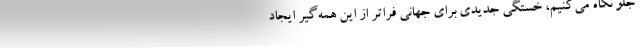
جلو نگاه می‌کنیم، خستگی جدیدی برای جهانی فراتر از این همه‌گیر ایجاد